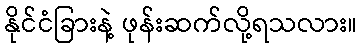
နိုင်ငံခြားနဲ့ ဖုန်းဆက်လို့ရသလား။